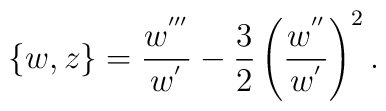
\{ w , z \} = {w^{'''} \over w^{'}} - {3 \over 2} \left( w^{''} \over w^{'} \right)^2 .